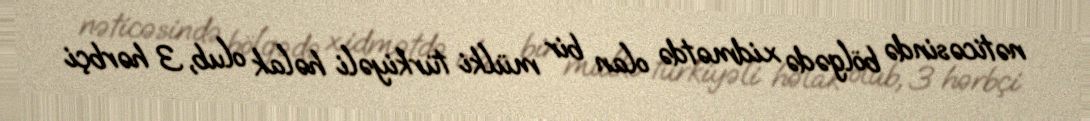
nəticəsində bölgədə xidmətdə olan bir mülki türkiyəli həlak olub, 3 hərbçi